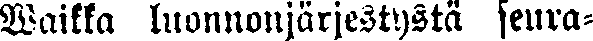
Waikka luonnonjärjestystä seura-